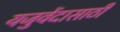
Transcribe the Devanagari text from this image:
यजुर्वेदासाठी